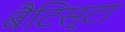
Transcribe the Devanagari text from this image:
बैटिस्टा